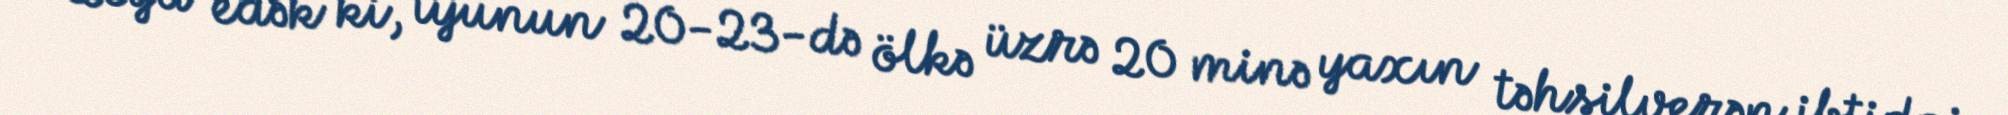
Qeyd edək ki, iyunun 20-23-də ölkə üzrə 20 minə yaxın təhsilverən ibtidai